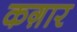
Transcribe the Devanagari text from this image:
कग़ार